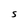
Character: S